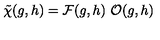
\tilde { \chi } ( g , h ) = { \cal F } ( g , h ) \ { \cal O } ( g , h )